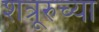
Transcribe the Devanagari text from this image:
शत्रूरुच्या